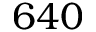
6 4 0